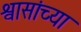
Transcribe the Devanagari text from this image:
श्वासांच्या